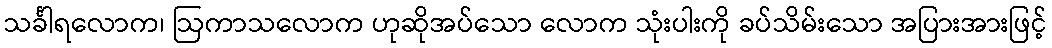
သင်္ခါရလောက၊ ဩကာသလောက ဟုဆိုအပ်သော လောက သုံးပါးကို ခပ်သိမ်းသော အပြားအားဖြင့်